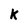
Character: k